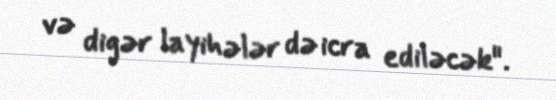
və digər layihələr də icra ediləcək".